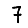
Digit: 7